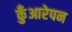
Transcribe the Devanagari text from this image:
कुँआरेपन